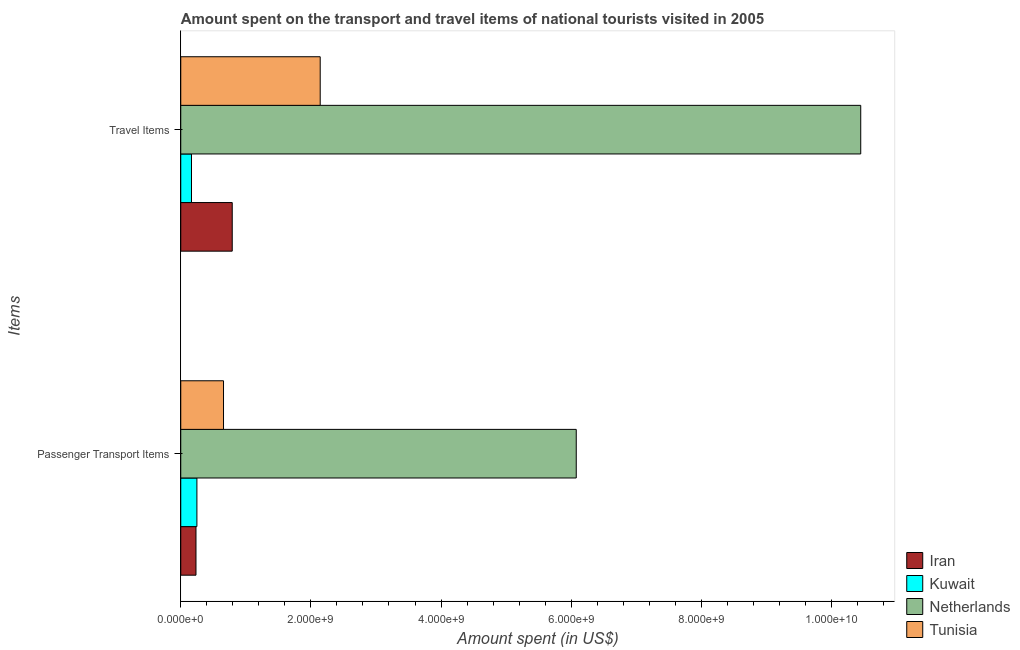
| Items | Iran | Kuwait | Netherlands | Tunisia |
 | --- | --- | --- | --- | --- |
 | Passenger Transport Items | 2.34e+08 | 2.48e+08 | 6.08e+09 | 6.57e+08 |
 | Travel Items | 7.91e+08 | 1.65e+08 | 1.04e+10 | 2.14e+09 |